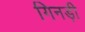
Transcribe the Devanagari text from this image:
गिनड़ी